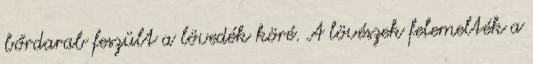
bőrdarab feszült a lövedék köré. A lövészek felemelték a